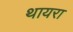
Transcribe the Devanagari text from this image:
थायरा